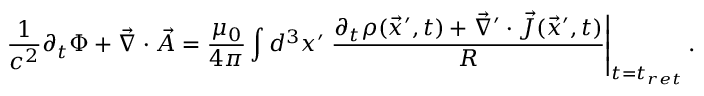
\frac { 1 } { c ^ { 2 } } \partial _ { t } \Phi + \vec { \nabla } \cdot \vec { A } = \frac { \mu _ { 0 } } { 4 \pi } \int d ^ { 3 } x ^ { \prime } \left. \frac { \partial _ { t } \rho ( \vec { x } ^ { \prime } , t ) + \vec { \nabla } ^ { \prime } \cdot \vec { J } ( \vec { x } ^ { \prime } , t ) } { R } \right| _ { t = t _ { r e t } } .